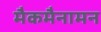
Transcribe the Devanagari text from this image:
मैकमैनामन